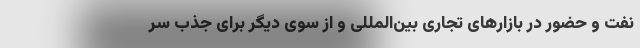
نفت و حضور در بازارهای تجاری بین‌المللی و از سوی دیگر برای جذب سر